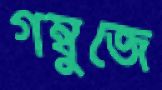
গম্বুজে